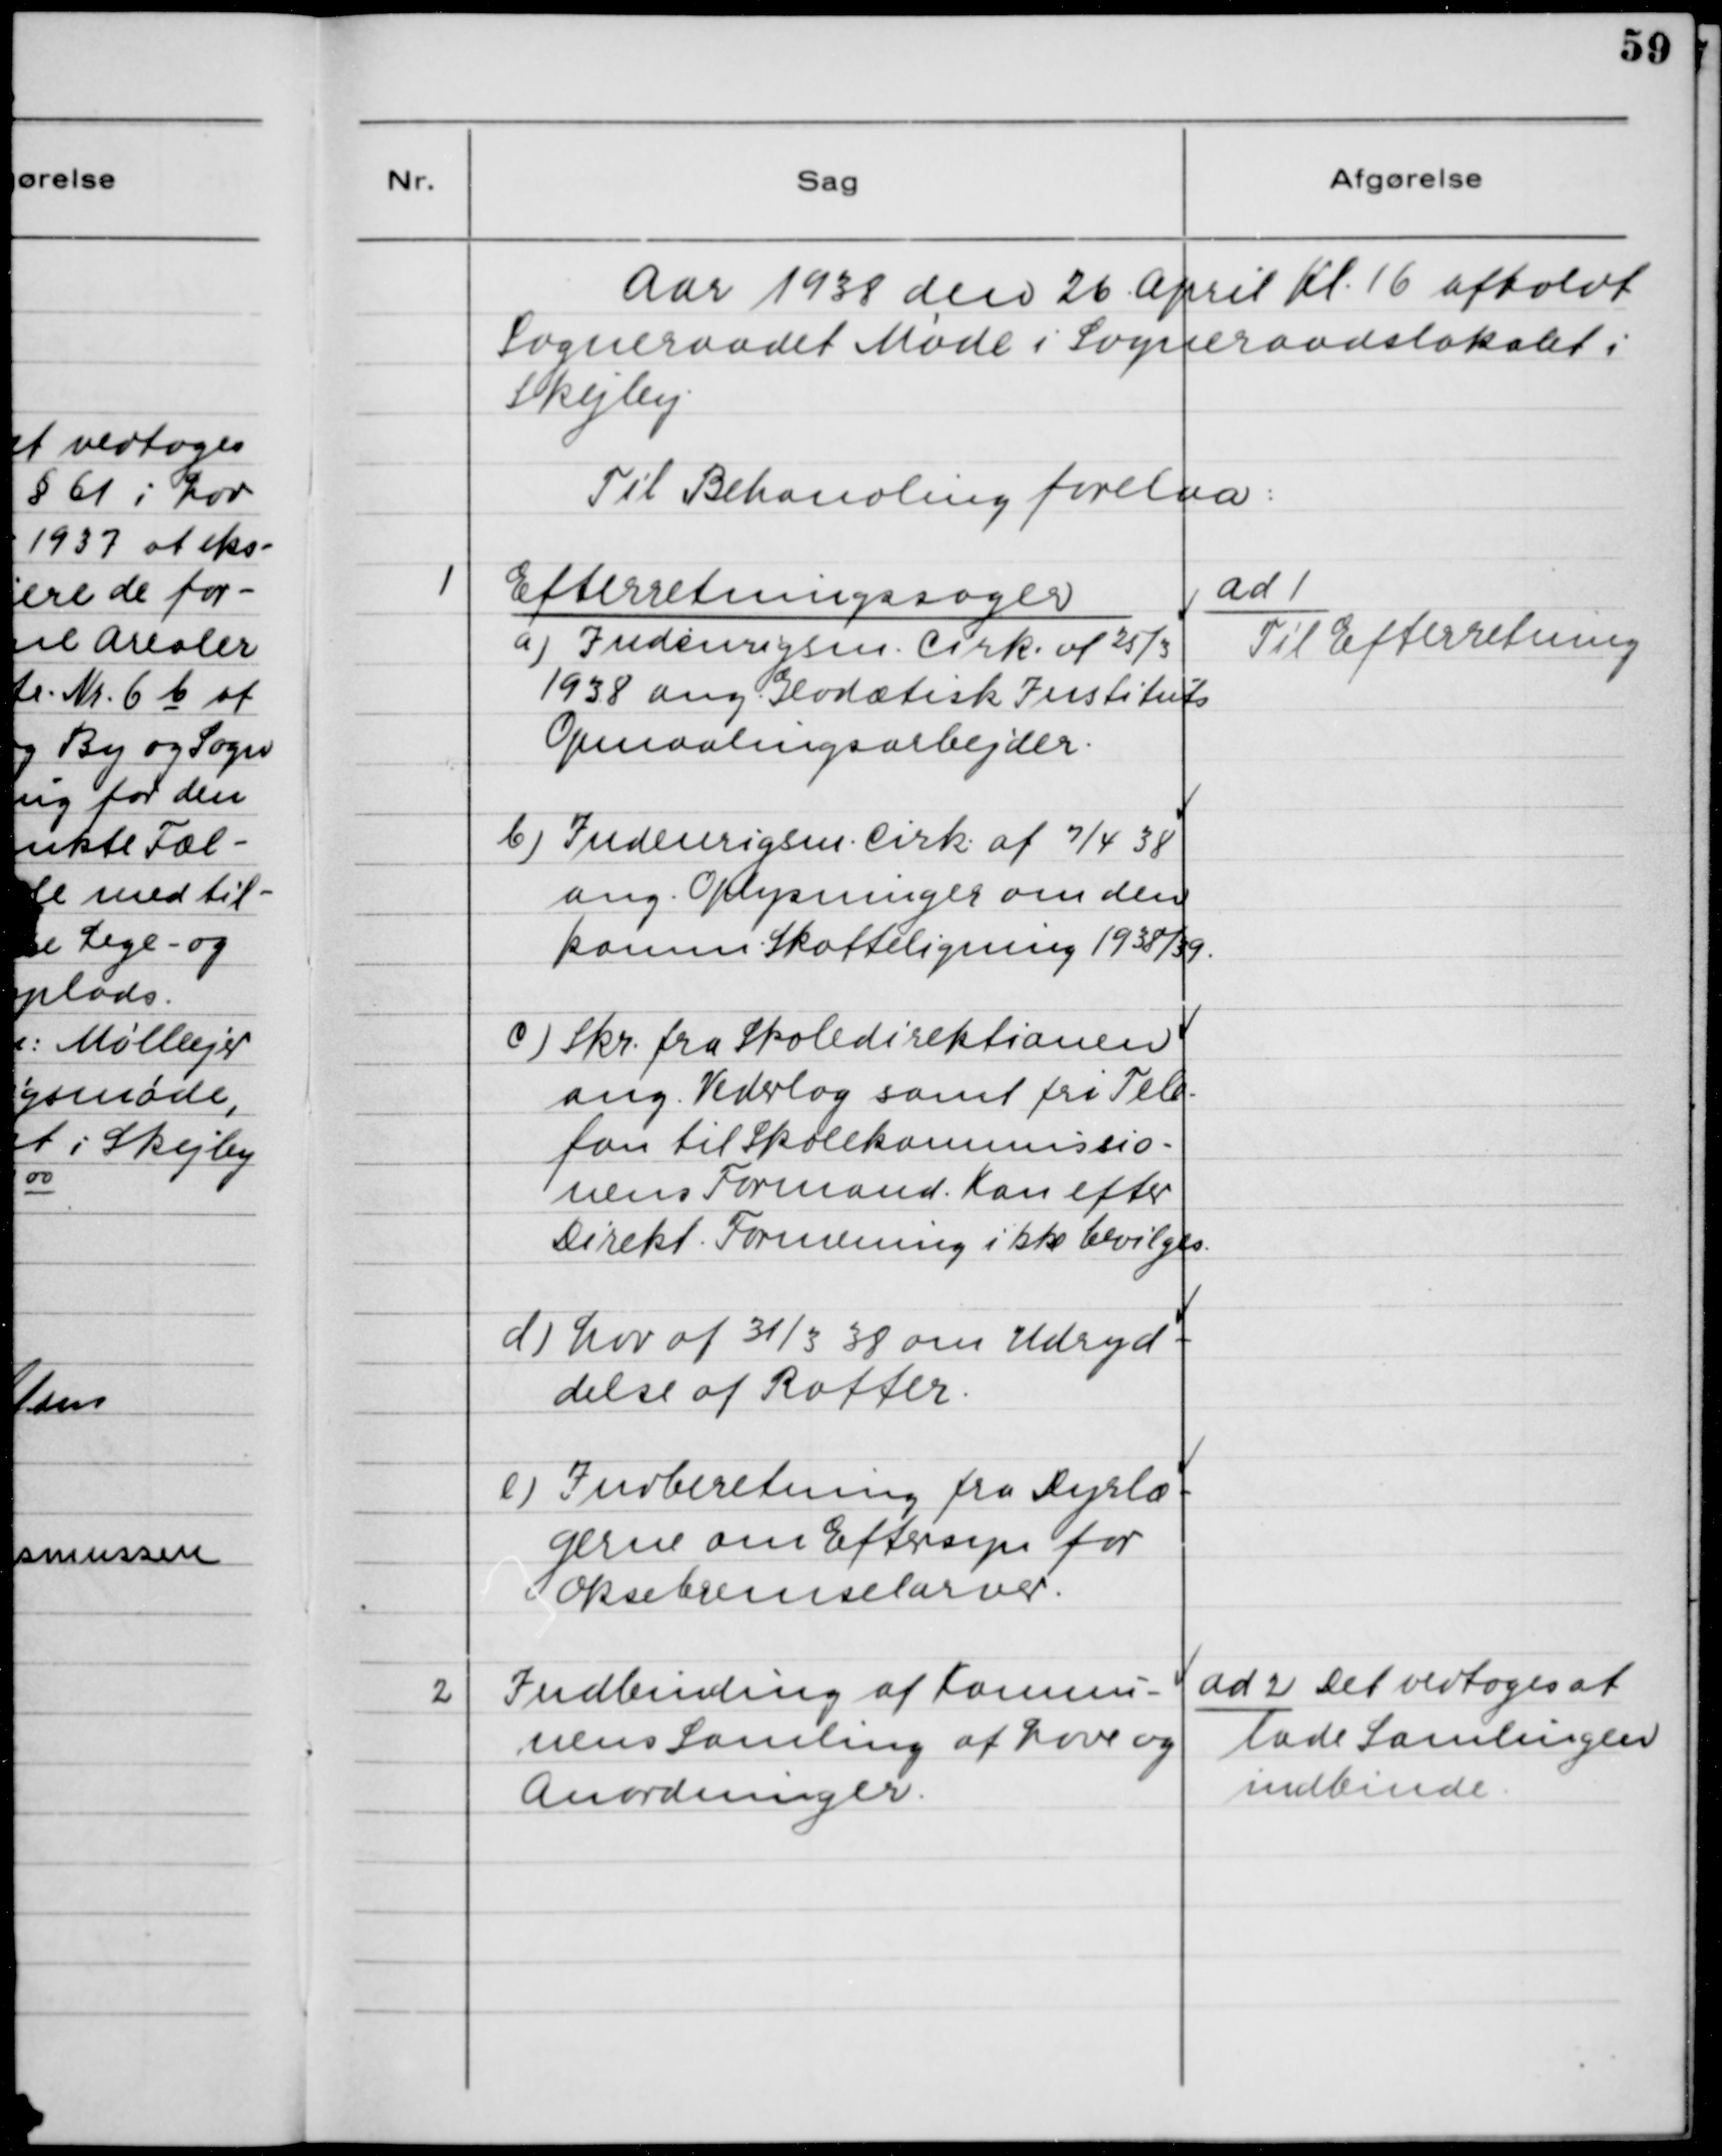
Transskription:
Aar 1938 den 26. April Kl. 16 afholdt
Sogneraadet Møde i Sogneraadslokalet i
Skejby.
Til Behandling forelaa:

1. Efterretningssager.
a) Indenrigsm. Cirk. af 25/3
1938 ang. Geodædisk Instituts
Opmaalingsarbejder.
b) Indenrigsm. Cirk. af 7/4 38
ang. Oplysninger om den
komm. Skatteligning 1938/39.
c) Skr. fra Skoledirektionen
ang. Vederlag samt fri Tele-
fon til Skolekommissio-
nens Formand. Kan efter
Direkt. Formening ikke bevilges.
d) Lov af 31/3 38 om Udryd-
delse af Rotter.
e) Indberetning fra Dyrlæ-
gerne om Eftersyn for
Oksebremselarver.

ad 1.
Til Efterretning.

2. Indbinding af Kommu-
nens Samling af Love og
Anordninger.

ad 2. Det vedtoges at
lade Samlingen
indbinde.